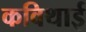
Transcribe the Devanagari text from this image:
कविथाई